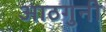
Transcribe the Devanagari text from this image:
आठगुनी